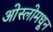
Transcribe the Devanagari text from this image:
ओस्लोमधून